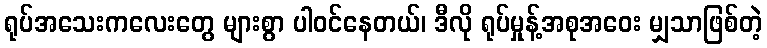
ရုပ်အသေးကလေးတွေ များစွာ ပါဝင်နေတယ်၊ ဒီလို ရုပ်မှုန့်အစုအဝေး မျှသာဖြစ်တဲ့